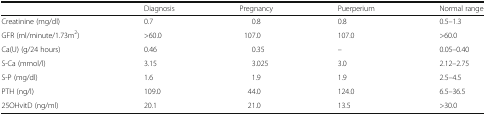
<table><thead><tr><td></td><td><b>Diagnosis</b></td><td><b>Pregnancy</b></td><td><b>Puerperium</b></td><td><b>Normal range</b></td></tr></thead><tbody><tr><td>Creatinine (mg/dl)</td><td>0.7</td><td>0.8</td><td>0.8</td><td>0.5–1.3</td></tr><tr><td>GFR (ml/minute/1.73m<sup>2</sup>)</td><td>&gt;60.0</td><td>107.0</td><td>107.0</td><td>&gt;60.0</td></tr><tr><td>Ca(U) (g/24 hours)</td><td>0.46</td><td>0.35</td><td>–</td><td>0.05–0.40</td></tr><tr><td>S-Ca (mmol/l)</td><td>3.15</td><td>3.025</td><td>3.0</td><td>2.12–2.75</td></tr><tr><td>S-P (mg/dl)</td><td>1.6</td><td>1.9</td><td>1.9</td><td>2.5–4.5</td></tr><tr><td>PTH (ng/l)</td><td>109.0</td><td>44.0</td><td>124.0</td><td>6.5–36.5</td></tr><tr><td>25OHvitD (ng/ml)</td><td>20.1</td><td>21.0</td><td>13.5</td><td>&gt;30.0</td></tr></tbody></table>